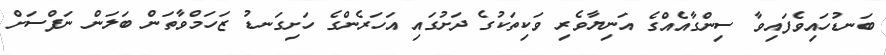
ބަނޑުހައިވެފައިވާ ސިންގާއެއްގެ އަނިޔާވެރި ވަކިތަކުގެ ދަށުގައި އަހަރެންގެ ހަށިގަނޑު ޒަހަމްވާތަން ބަލަން ނަފްސަށް